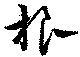
桹